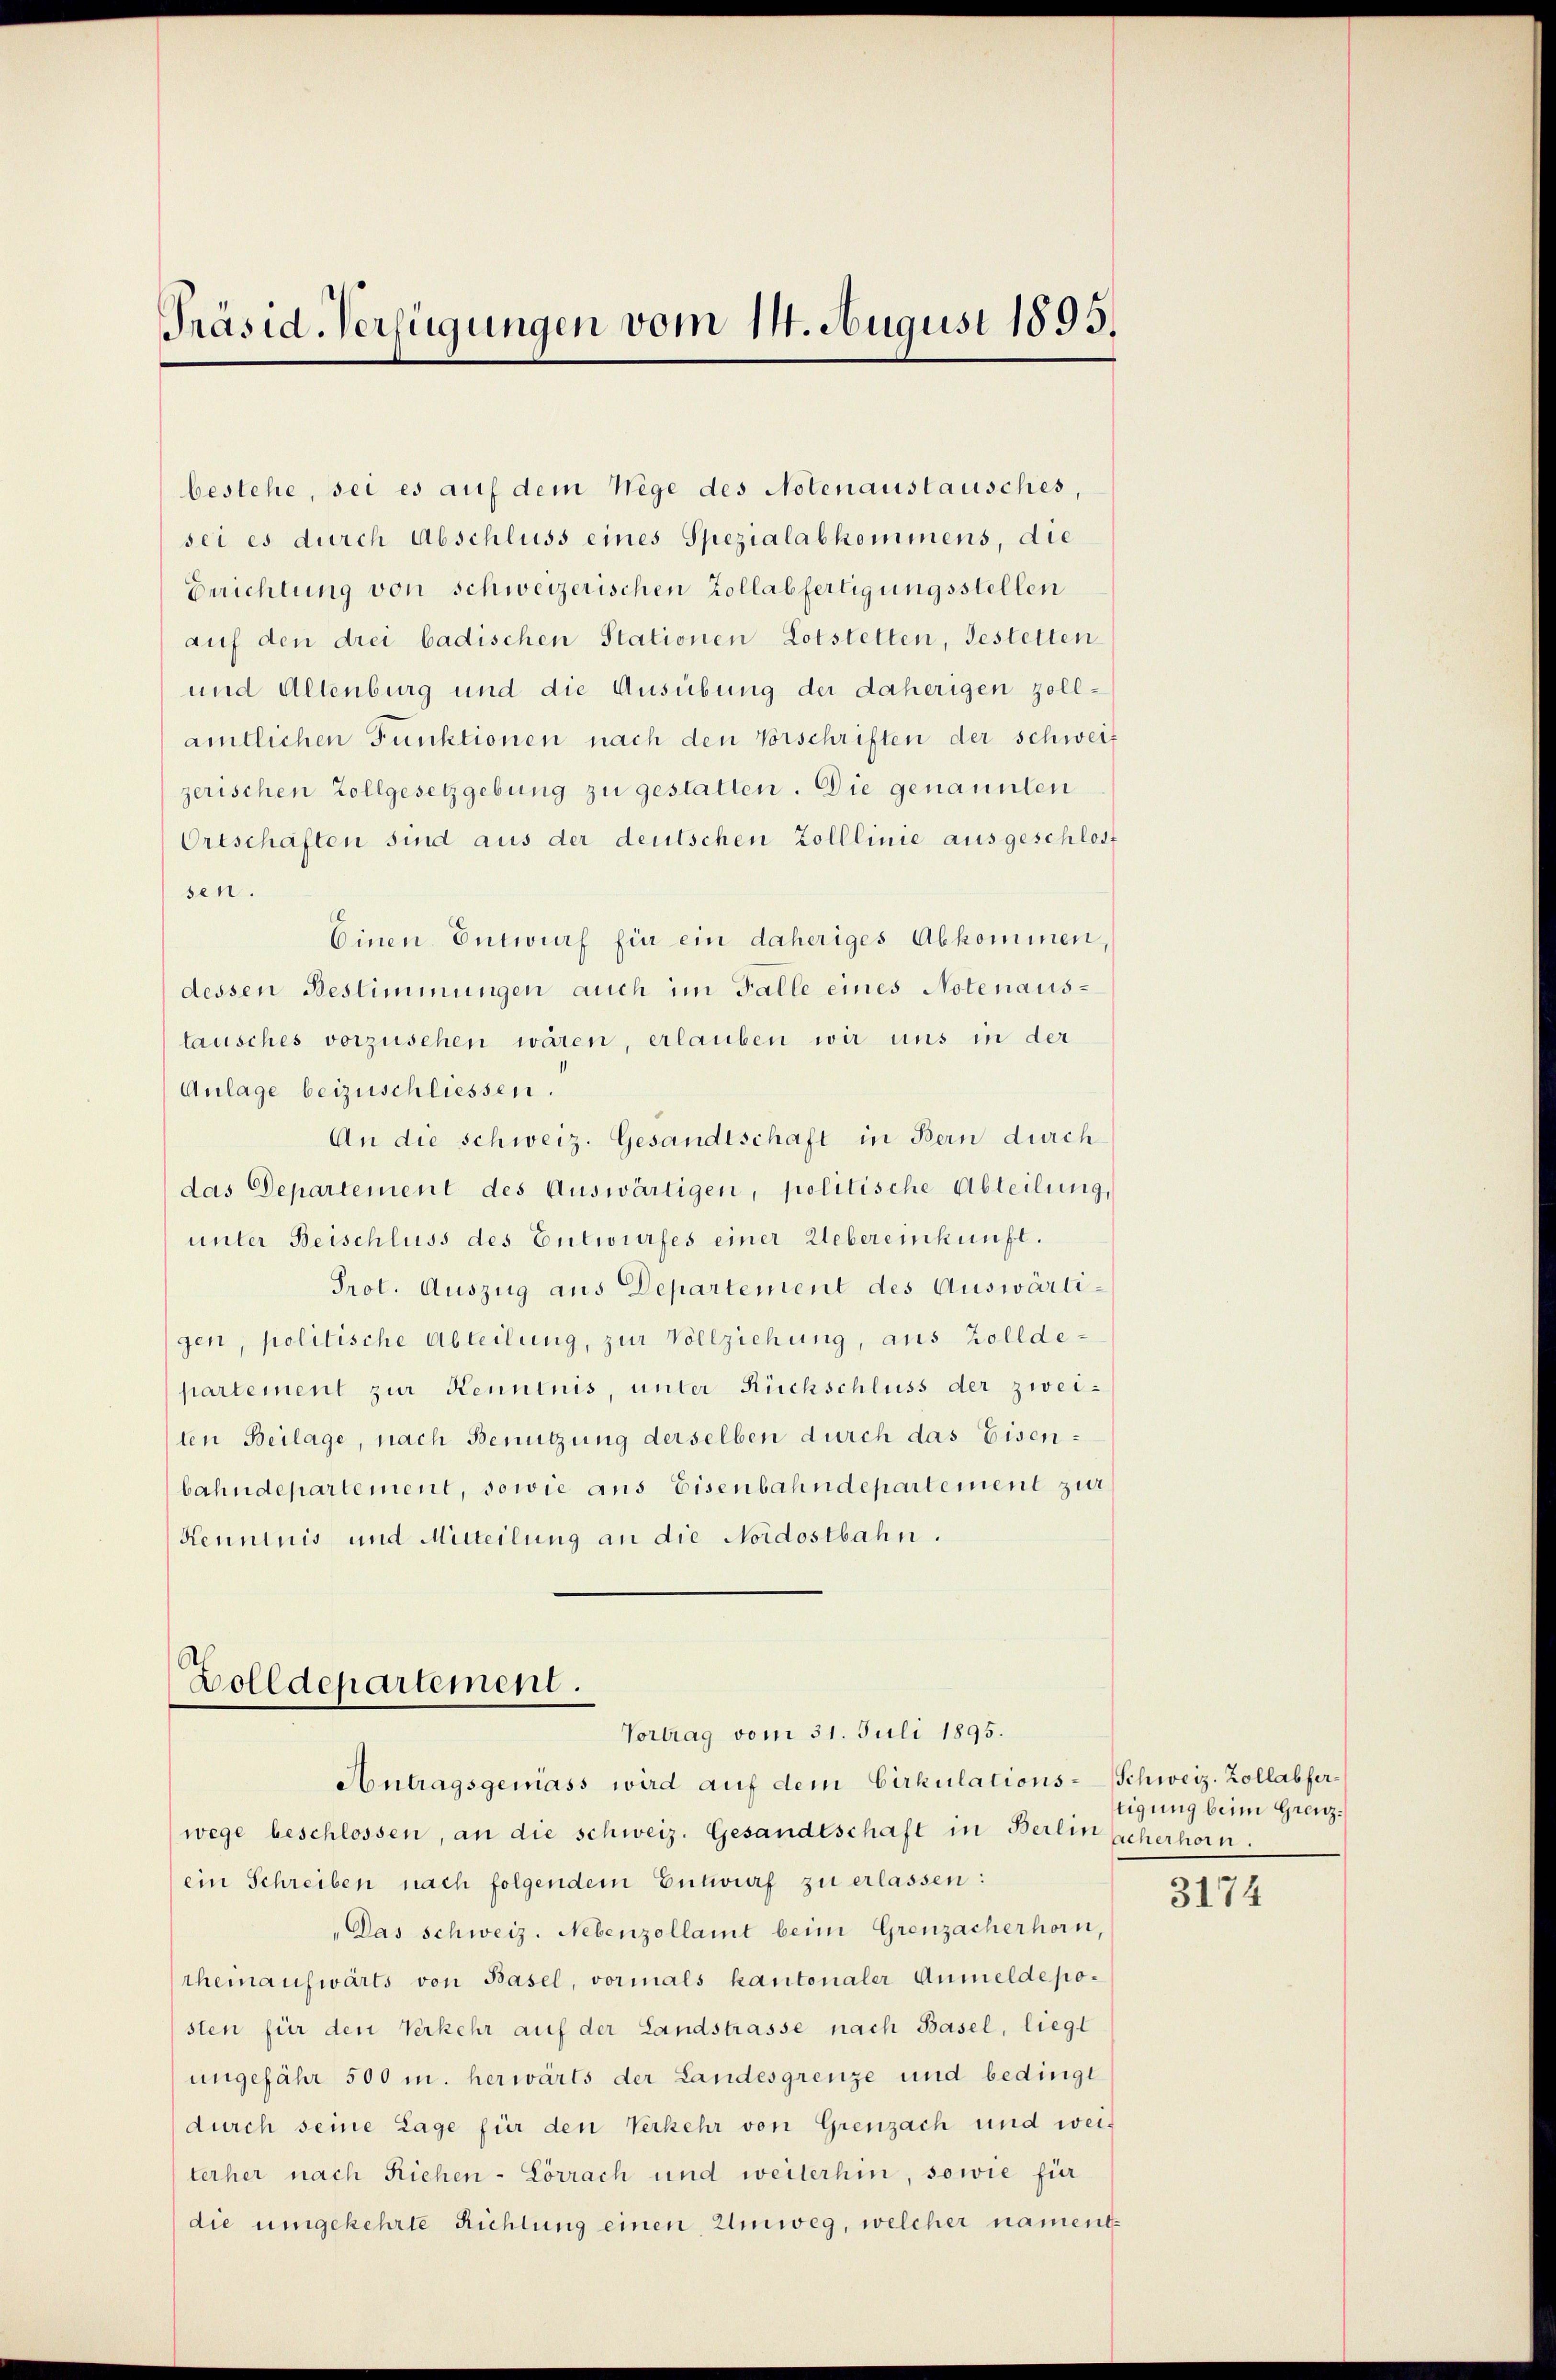
Präsid-Verfügungen vom 14. August 1895.

bestehe, sei es auf dem Wege des Notenauslausches,
sei es durch Abschluss eines Spezialabkommens, die
Erichtung von schweizerischen Zollabfertigungsstellen
auf den drei badischen Stationen Lotstetten, Gestetten
und Altenburg und die Ausübung der daherigen zoll-
amtlichen Funktionen nach den Vorschriften der schweiz
zerischen Zollgesetzgebung zu gestatten. Die genannten
Ortschäften sind aus der deutschen Zolllinie ausgeschloss
sen.
Einen Entwurf für ein daheriges Abkommen,
dessen Bestimmungen auch im Falle eines Notenaustausches vorzusehen wären, erlauben wir uns in der
Anlage beizuschliessen.
An die schweiz. Gesandtschaft in Bern durch
das Departement des Auswärtigen, politische Abteilung,
unter Beischluss des Entwurfes einer Uebereinkunft.
Prot. Auszug aus Departement des Auswärtigen, politische Abteilung, zur Vollziehung, aus Zolldepartement zur Kenntnis, unter Rückschluss der zwei-
ten Beilage, nach Benutzung derselben durch das Eisenbahndepartement, sowie aus Eisenbahndepartement zur
Kenntnis und Mitteilung an die Nordostbahn.

Dolldepartement.
Vortrag vom 31. Juli 1895.

Antragsgemäss wird auf dem Cirkulations-Schweiz. Zollabferwege beschlossen, an die schweiz. Gesandtschaft in Berlin scherhorn.
ein Schreiben nach folgendem Entwurf zu erlassen:
"Das schweiz. Nebenzollamt beim Grenzacherhorn,
themaufwärts von Basel, vormals kantonaler Anmeldeposten für den Verkehr auf der Landstrasse nach Basel, liegt
ungefähr 500 m. herwärts der Landesgrenze und bedingt
durch seine Lage für den Verkehr von Grenzach und weilerher nach Riehen-Lörrach und weiterhin, sowie für
die umgekehrte Richtung einen Umweg, welcher nament¬

tigung beim Grenz¬

3174